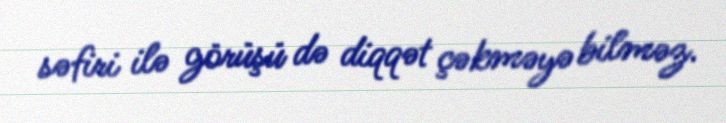
səfiri ilə görüşü də diqqət çəkməyə bilməz.